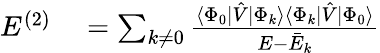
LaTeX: \begin{array}{rl}{E^{(2)}}&{{}=\sum_{k\neq 0}\frac{\langle\Phi_{0}|\hat{V}|\Phi_{k}\rangle\langle\Phi_{k}|\hat{V}|\Phi_{0}\rangle}{E-\bar{E}_{k}}}\end{array}